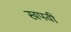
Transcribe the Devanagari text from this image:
खपवी